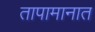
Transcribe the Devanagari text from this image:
तापामानात